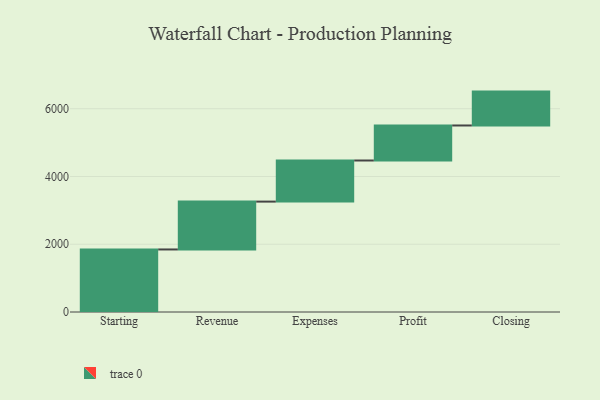
{"axis": {"x": "Step", "y": "Value"}, "legend": [""], "data": [{"x": "Starting", "y": 1846.0, "type": ""}, {"x": "Revenue", "y": 1413.0, "type": ""}, {"x": "Expenses", "y": 1213.0, "type": ""}, {"x": "Profit", "y": 1034.0, "type": ""}, {"x": "Closing", "y": 1000, "type": ""}]}